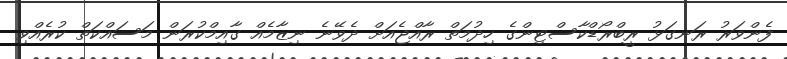
ފެންވަރު ރަނގަޅު ރީބްރޯޑްކާސްޓިންގެ ހިދުމަތް ރާއްޖެއަށް ދެވޭނެ ނިޒާމެއް ގާއިމްކުރަން މަސައްކަތް ކުރެއްވި